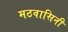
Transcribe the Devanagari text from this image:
मठवासिनी